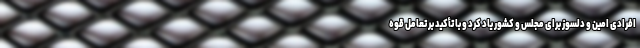
افرادی امین و دلسوز برای مجلس و کشور یاد کرد و با تأکید بر تعامل قوه